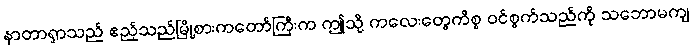
နာတာရှာသည် ဧည့်သည်မြို့စားကတော်ကြီးက ဤသို့ ကလေးတွေကိစ္စ ဝင်စွက်သည်ကို သဘောမကျ